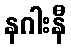
နဂါးနီ